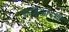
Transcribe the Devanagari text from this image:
एसईआरसी